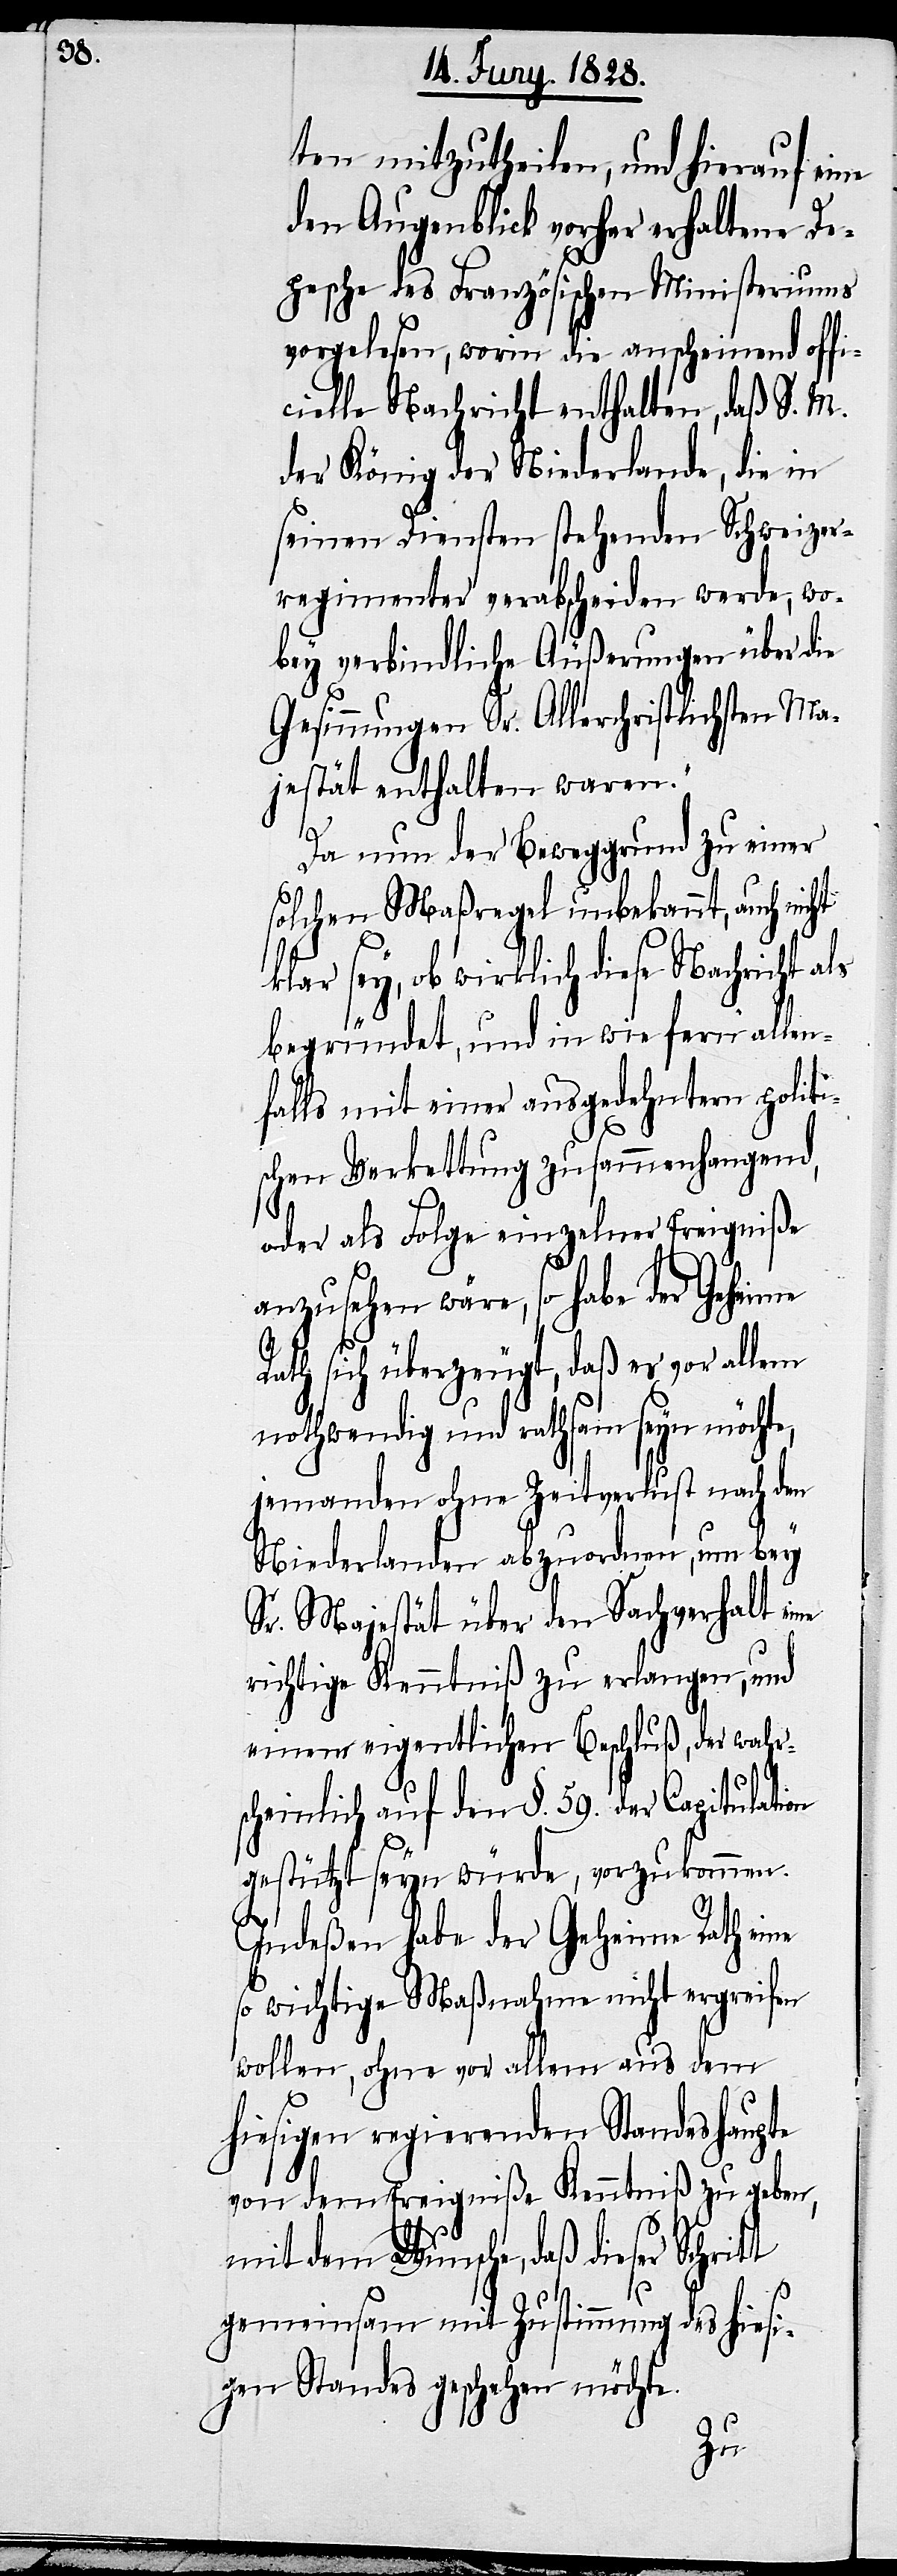
ten mitzutheilen, und hierauf eine
den Augenblick vorher erhaltene De¬
pesche des Französischen Ministeriums
vorgelesen, worin die anscheinend offi¬
cielle Nachricht enthalten, daß S. M.
der König der Niederlande, die in
seinen Diensten stehenden Schweizer¬
regimenter verabscheiden werde, wo¬
bey verbindliche Äußerungen über die
Gesinnungen Sr. Allerchristlichsten Ma¬
jestät enthalten waren.“
nun der Beweggrund zu einer
solchen Maßregel unbekannt, auch nicht
klar sey, ob wirklich diese Nachricht als
begründet, und in wie fern allen¬
falls mit einer ausgedehntern politi¬
schen Verkettung zusammenhangend,
oder als Folge einzelner Ereigniße
anzusehen wäre, so habe der Geheime
Rath sich überzeugt, daß es vor allem
nothwendig und rathsam seyn möchte,
jemanden ohne Zeitverlust nach den
Niederlanden abzuordnen, um bey
Sr. Majestät über den Sachverhalt eine
richtige Kenntniß zu erlangen, und
einem eigentlichen Beschluß, der wahr¬
scheinlich auf den §. 59. der Capitulation
gestützt seyn würde, vorzukommen.
Indeßen habe der Geheime Rath eine
so wichtige Maßnahme nicht ergreifen
wollen, ohne vor allem aus dem
hiesigen regierenden Standeshaupte
von dem Ereigniße Kenntniß zu geben,
mit dem Wunsche, daß dieser Schrit¬
t
gemeinsam mit Zustimmung des hiesi¬
gen Standes geschehen möchte.